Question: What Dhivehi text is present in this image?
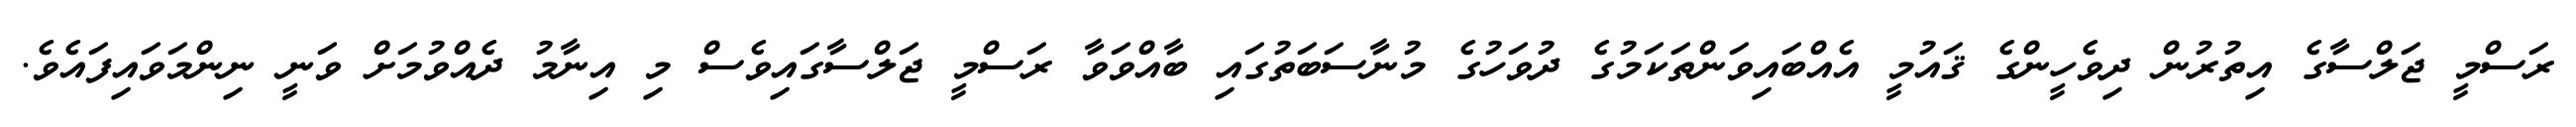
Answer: ރަސްމީ ޖަލްސާގެ އިތުރުން ދިވެހީންގެ ޤައުމީ އެއްބައިވަންތަކަމުގެ ދުވަހުގެ މުނާސަބަތުގައި ބާއްވަވާ ރަސްމީ ޖަލްސާގައިވެސް މި އިނާމު ދެއްވުމަށް ވަނީ ނިންމަވައިފައެވެ.